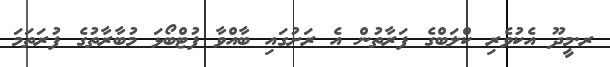
ރ.މީދޫ އެކުވެރި ކްލަބްގެ ފަރާތުން އެ ރަށުގައި ބާއްވާ ފުޓްބޯޅަ މުބާރާތުގެ ފުރަތަމަ